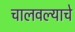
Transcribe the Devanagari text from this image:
चालवल्याचे